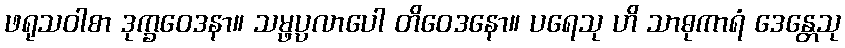
ဖရုသဝါစာ ဒုက္ခဝေဒနာ။ သမ္ဖပ္ပလာပေါ တိဝေဒနော။ ပရေသု ဟိ သာဓုကာရံ ဒေန္တေသု